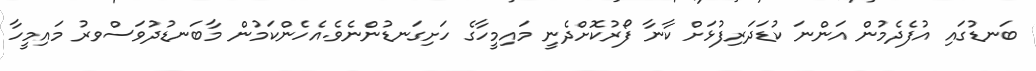
ބަނޑުގައި އުފެދެމުން އަންނަ ކުޑަދަރިފުޅަށް ކާނާ ފޯރުކޮށްދެނީ މައިމީހާގެ ހަށިގަނޑުންނެވެ.އެހެންކަމުން މާބަނޑުދުވަސްވރު މައިމީހާ